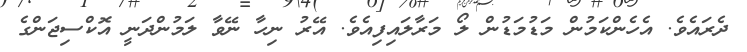
ދެރައެވެ. އެހެންކަމުން މަޑުމަޑުން ލޯ މަރާލައިފިއެވެ. އޭރު ނިހާ ނޭވާ ލަމުންދަނީ އޮކްސިޖަންގެ